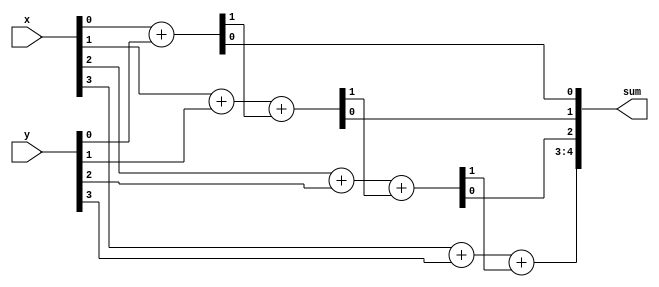
module top_module (
    input [3:0] x,
    input [3:0] y, 
    output [4:0] sum);
    
    wire [3:0] carry;
    
    genvar i;
    generate
        assign {carry[0], sum[0]} = x[0] + y[0];
        for(i = 1; i < 4; i = i + 1) begin : forloop
            assign {carry[i], sum[i]} = x[i] + y[i] + carry[i - 1];
        end
        assign sum[4] = carry[3];
    endgenerate

endmodule